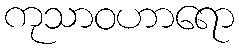
ကုသာဝဟာရော